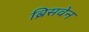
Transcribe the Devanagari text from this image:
ब्रिसवेन